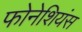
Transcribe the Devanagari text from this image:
फोनेशियंस